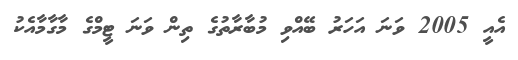
އެއީ 2005 ވަނަ އަހަރު ބޭއްވި މުބާރާތުގެ ތިން ވަނަ ޓީމްގެ މާގާމާއެކު